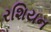
રશિયન